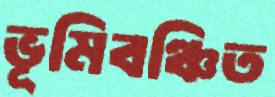
ভূমিবঞ্চিত